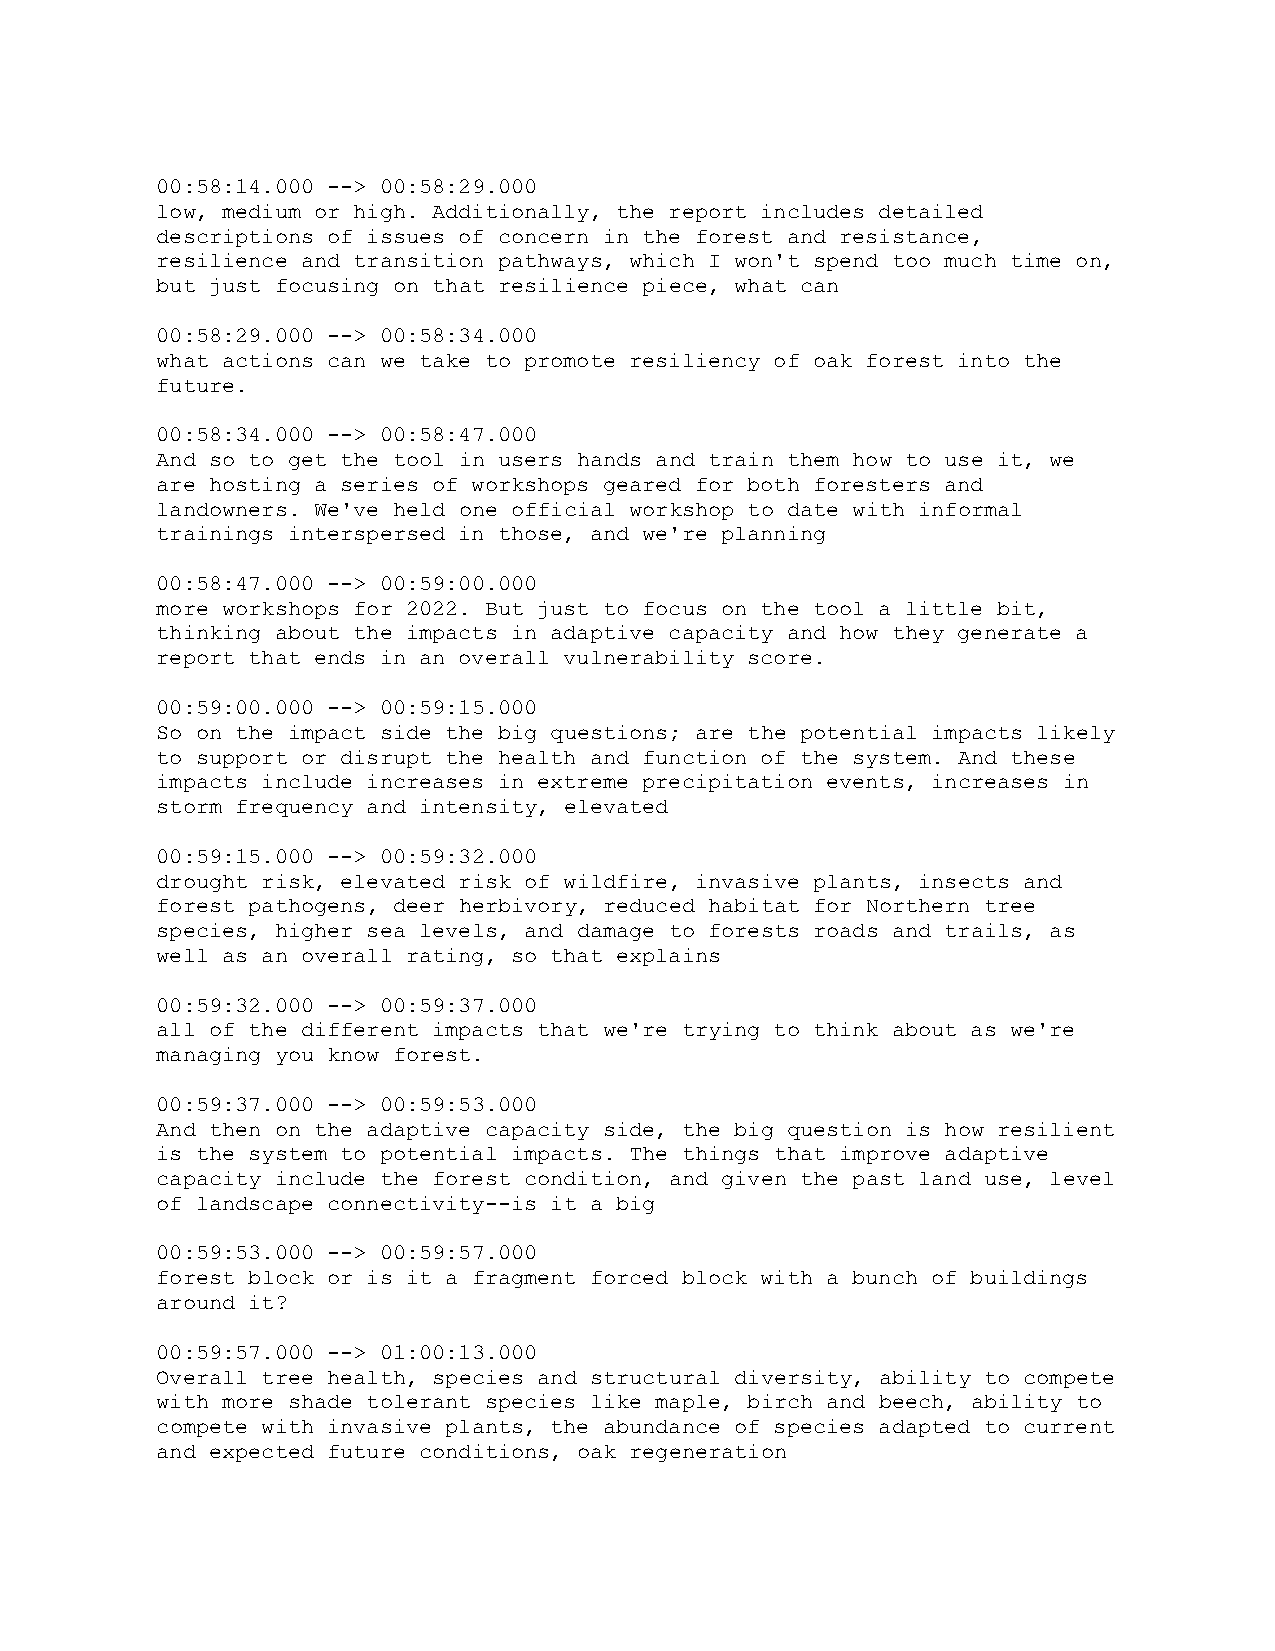
00:58:14.000 --> 00:58:29.000
 low, medium or high. Additionally, the report includes detailed
 descriptions of issues of concern in the forest and resistance,
 resilience and transition pathways, which I won't spend too much time on,
 but just focusing on that resilience piece, what can
 00:58:29.000 --> 00:58:34.000
 what actions can we take to promote resiliency of oak forest into the
 future.
 00:58:34.000 --> 00:58:47.000
 And so to get the tool in users hands and train them how to use it, we
 are hosting a series of workshops geared for both foresters and
 landowners. We've held one official workshop to date with informal
 trainings interspersed in those, and we're planning
 00:58:47.000 --> 00:59:00.000
 more workshops for 2022. But just to focus on the tool a little bit,
 thinking about the impacts in adaptive capacity and how they generate a
 report that ends in an overall vulnerability score.
 00:59:00.000 --> 00:59:15.000
 So on the impact side the big questions; are the potential impacts likely
 to support or disrupt the health and function of the system. And these
 impacts include increases in extreme precipitation events, increases in
 storm frequency and intensity, elevated
 00:59:15.000 --> 00:59:32.000
 drought risk, elevated risk of wildfire, invasive plants, insects and
 forest pathogens, deer herbivory, reduced habitat for Northern tree
 species, higher sea levels, and damage to forests roads and trails, as
 well as an overall rating, so that explains
 00:59:32.000 --> 00:59:37.000
 all of the different impacts that we're trying to think about as we're
 managing you know forest.
 00:59:37.000 --> 00:59:53.000
 And then on the adaptive capacity side, the big question is how resilient
 is the system to potential impacts. The things that improve adaptive
 capacity include the forest condition, and given the past land use, level
 of landscape connectivity--is it a big
 00:59:53.000 --> 00:59:57.000
 forest block or is it a fragment forced block with a bunch of buildings
 around it?
 00:59:57.000 --> 01:00:13.000
 Overall tree health, species and structural diversity, ability to compete
 with more shade tolerant species like maple, birch and beech, ability to
 compete with invasive plants, the abundance of species adapted to current
 and expected future conditions, oak regeneration